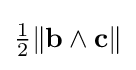
{\tfrac {1}{2}}\|\mathbf {b} \wedge \mathbf {c} \|